Indian journal of veterinary science and animal husbandry - Volume 10,
Year: 1940
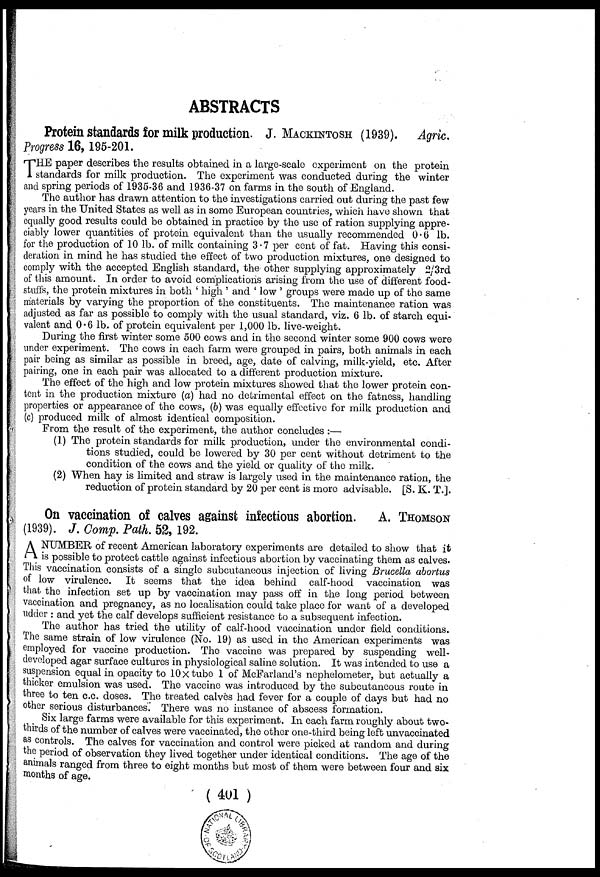
ABSTRACTS
Protein standards for milk production. J. MACKINTOSH (1939).
Agric.
Progress 16, 195-201.
T HE paper describes the results obtained in a large-scale experiment on the protein
standards for milk production. The experiment was conducted during the winter
and spring periods of 1935-36 and 1936-37 on farms in the south of England.
The author has drawn attention to the investigations carried out during the past few
years in the United States as well as in some European countries, which have shown that
equally good results could be obtained in practice by the use of ration supplying appre-
ciably lower quantities of protein equivalent than the usually recommended 0.6 lb.
for the production of 10 lb. of milk containing 3.7 per cent of fat. Having this consi-
deration in mind he has studied the effect of two production mixtures, one designed to
comply with the accepted English standard, the other supplying approximately 2/3rd
of this amount. In order to avoid complications arising from the use of different food-
stuffs, the protein mixtures in both ' high ' and ' low ' groups were made up of the same
materials by varying the proportion of the constituents. The maintenance ration was
adjusted as far as possible to comply with the usual standard, viz. 6 lb. of starch equi-
valent and 0.6 lb. of protein equivalent per 1,000 lb. live-weight.
During the first winter some 500 cows and in the second winter some 900 cows were
under experiment. The cows in each farm were grouped in pairs, both animals in each
pair being as similar as possible in breed, age, date of calving, milk-yield, etc. After
pairing, one in each pair was allocated to a different production mixture.
The effect of the high and low protein mixtures showed that the lower protein con-
tent in the production mixture (a) had no detrimental effect on the fatness, handling
properties or appearance of the cows, (b) was equally effective for milk production and
(c) produced milk of almost identical composition.
From the result of the experiment, the author concludes :—
(1) The protein standards for milk production, under the environmental condi-
tions studied, could be lowered by 30 per cent without detriment to the
condition of the cows and the yield or quality of the milk.
(2) When hay is limited and straw is largely used in the maintenance ration, the
reduction of protein standard by 20 per cent is more advisable. [S. K. T.].
On vaccination of calves against infectious abortion.
A. THOMSON
(1939). J. Comp. Path. 52, 192.
A NUMBER of recent American laboratory experiments are detailed to show that it
is possible to protect cattle against infectious abortion by vaccinating them as calves.
This vaccination consists of a single subcutaneous injection of living Brucella abortus
of low virulence. It seems that the idea behind calf-hood vaccination was
that the infection set up by vaccination may pass off in the long period between
vaccination and pregnancy, as no localisation could take place for want of a developed
udder : and yet the calf develops sufficient resistance to a subsequent infection.
The author has tried the utility of calf-hood vaccination under field conditions.
The same strain of low virulence (No. 19) as used in the American experiments was
employed for vaccine production. The vaccine was prepared by suspending well-
developed agar surface cultures in physiological saline solution. It was intended to use a
suspension equal in opacity to 10× tube 1 of McFarland's nephelometer, but actually a
thicker emulsion was used. The vaccine was introduced by the subcutaneous route in
three to ten c.c. doses. The treated calves had fever for a couple of days but had no
other serious disturbances. There was no instance of abscess formation.
Six large farms were available for this experiment. In each farm roughly about two-
thirds of the number of calves were vaccinated, the other one-third being left unvaccinated
as controls. The calves for vaccination and control were picked at random and during
the period of observation they lived together under identical conditions. The age of the
animals ranged from three to eight months but most of them were between four and six
months of age.
( 401 )